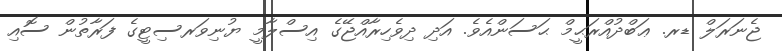
ޖެނަރަލް ޑރ. ޢަބްދުއްރަޙީމް ޙަސަންއެވެ. އަދި ދިވެހިރާއްޖޭގެ އިސްލާމީ ޔުނިވަރސިޓީގެ ފަރާތުން ސޮއި